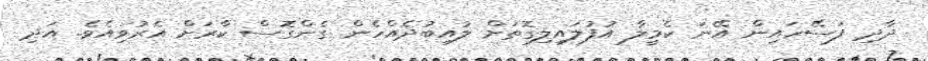
ދާދި ފަސޭހައިން އޭނަ ކެމީލާ އުފުލައިލިގޮތަށް ލުއިބުދެއްހެން ގެންގޮސް ކާރަށް އެރުވިއެވެ. އަދި